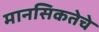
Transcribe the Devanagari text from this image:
मानसिकतेचे